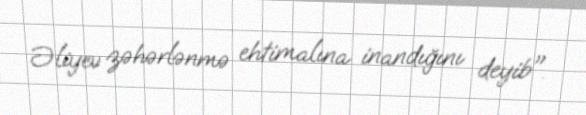
Əliyev zəhərlənmə ehtimalına inandığını deyib".